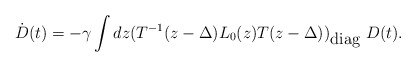
\begin{align*}\dot{D}(t)=-\gamma \int dz (T^{-1}(z-\Delta )L_0(z)T(z-\Delta ))_{\mbox{diag}}~D(t).\end{align*}